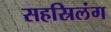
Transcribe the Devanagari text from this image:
सहस्रिलंग